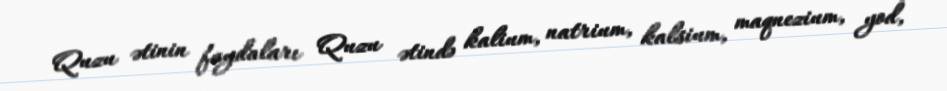
Quzu ətinin faydaları Quzu ətində kalium, natrium, kalsium, maqnezium, yod,